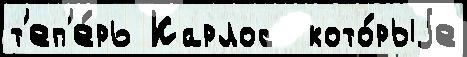
т'еп'е́рь Карлос  кото́рыjе